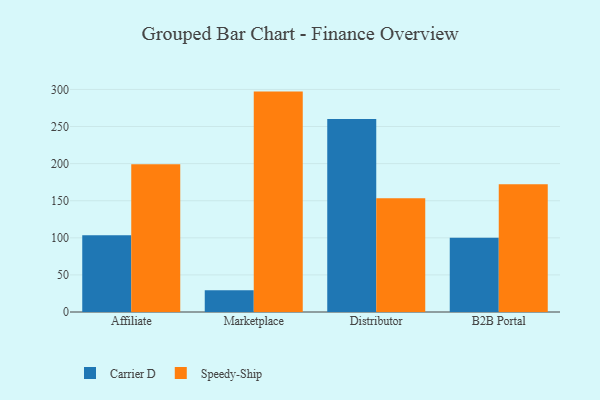
{"axis": {"x": "Channel", "y": "Temperature (°C)"}, "legend": ["Carrier D", "Speedy-Ship"], "data": [{"x": "Affiliate", "y": 103.3, "type": "Carrier D"}, {"x": "Affiliate", "y": 199.0, "type": "Speedy-Ship"}, {"x": "Marketplace", "y": 29.4, "type": "Carrier D"}, {"x": "Marketplace", "y": 297.1, "type": "Speedy-Ship"}, {"x": "Distributor", "y": 260.2, "type": "Carrier D"}, {"x": "Distributor", "y": 153.4, "type": "Speedy-Ship"}, {"x": "B2B Portal", "y": 100.2, "type": "Carrier D"}, {"x": "B2B Portal", "y": 172.1, "type": "Speedy-Ship"}]}